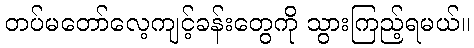
တပ်မတော်လေ့ကျင့်ခန်းတွေကို သွားကြည့်ရမယ်။